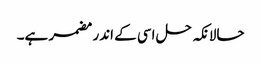
حالانکہ حل اسی کے اندر مضمر ہے۔